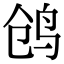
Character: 鸧